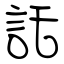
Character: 託